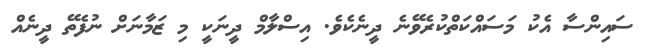
ސައިންސާ އެކު މަސައްކަތްކުރެވޭނެ ދީނެކެވެ. އިސްލާމް ދީނަކީ މި ޒަމާނަށް ނުފެތޭ ދީނެއް